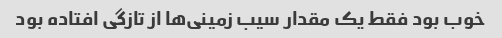
خوب بود فقط یک مقدار سیب زمینی‌ها از تازگی افتاده بود